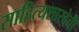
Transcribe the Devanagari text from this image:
साहित्यशारदेची